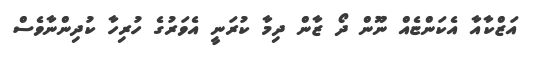
އަޒްކާއާ އެކަންޏެއް ނޫން ދޯ ޒާން ދިމާ ކުރަނީ އެވަރުގެ ހުރިހާ ކުދިންނާވެސް